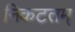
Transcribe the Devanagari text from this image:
निकटतम्